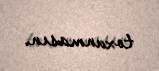
toxunmasın.